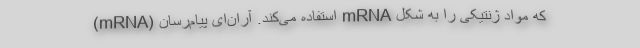
که مواد ژنتیکی را به شکل mRNA استفاده می‌کند. آران‌ای پیام‌رسان (mRNA)